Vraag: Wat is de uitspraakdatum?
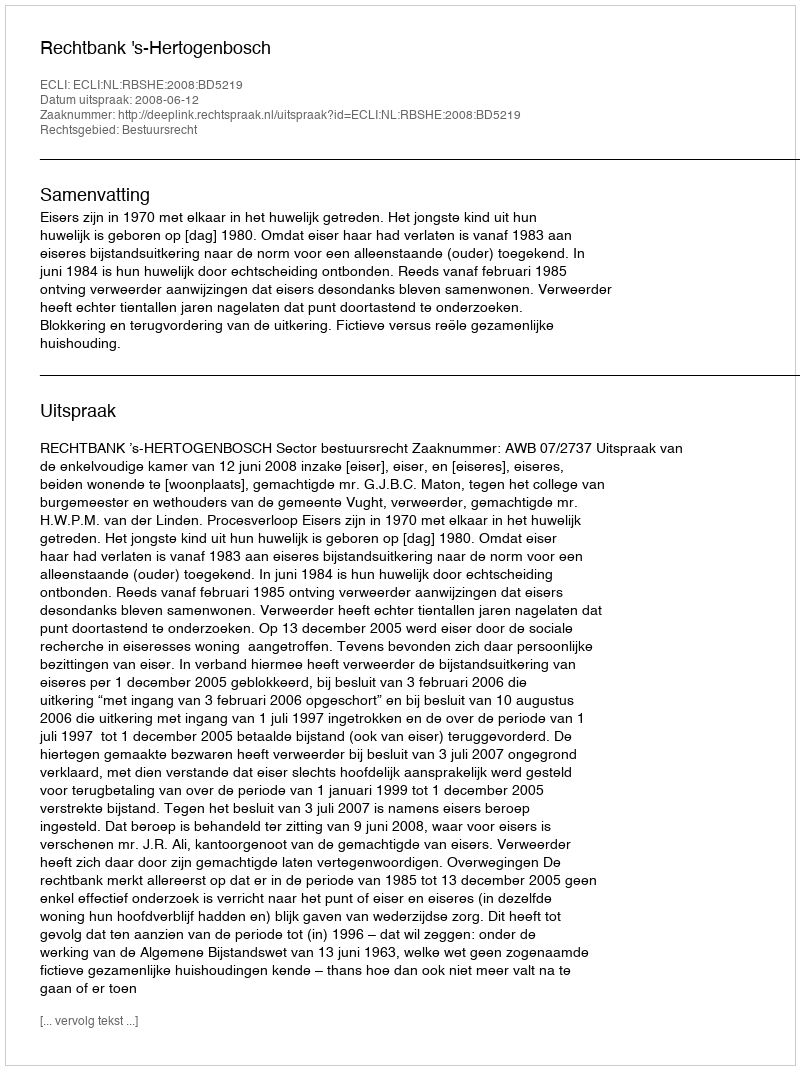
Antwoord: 2008-06-12